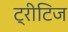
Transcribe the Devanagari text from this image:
ट्रीटिज